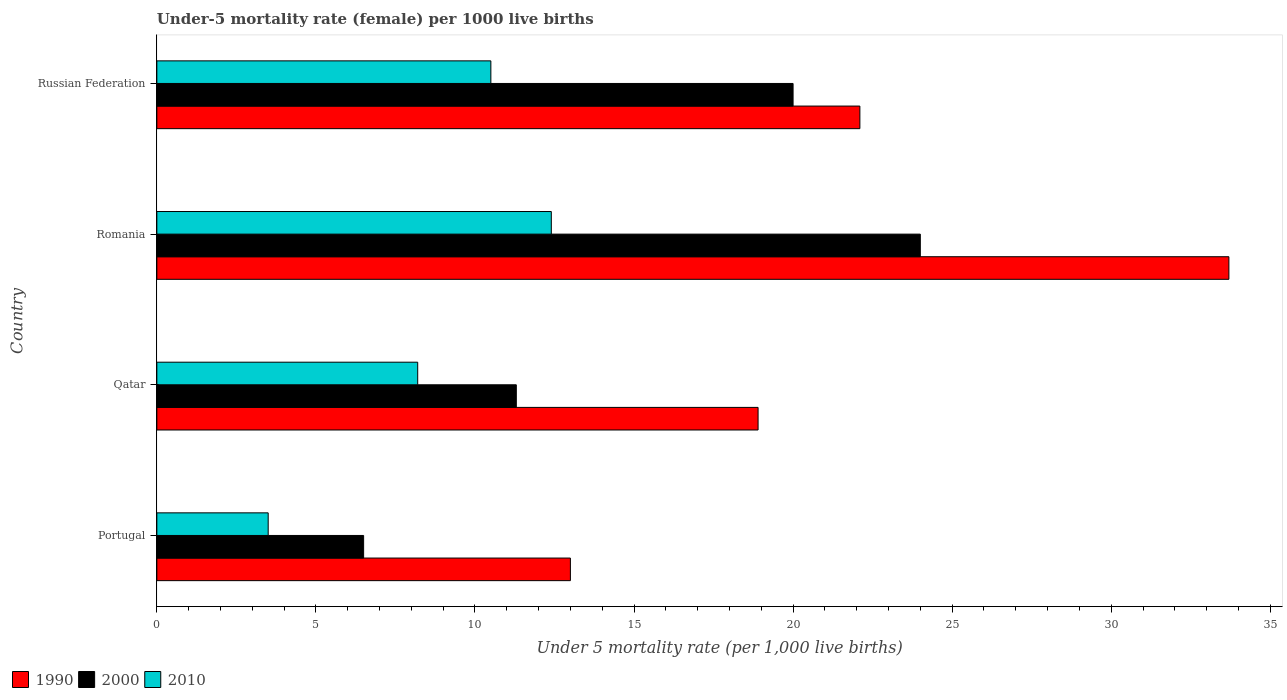
| Country | 1990 | 2000 | 2010 |
 | --- | --- | --- | --- |
 | Portugal | 13 | 6.5 | 3.5 |
 | Qatar | 18.9 | 11.3 | 8.2 |
 | Romania | 33.7 | 24 | 12.4 |
 | Russian Federation | 22.1 | 20 | 10.5 |